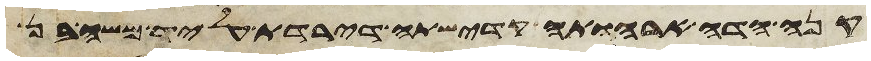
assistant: זקני העדה את ידיהם על ראש